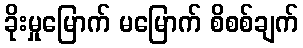
ခိုးမှုမြောက် မမြောက် စိစစ်ချက်